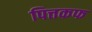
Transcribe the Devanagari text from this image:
पित्तकफ